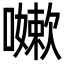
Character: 𭋯